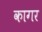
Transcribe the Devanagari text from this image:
कागर